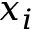
x _ { i }